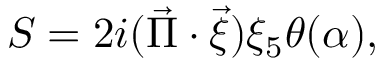
S = 2 i ( \vec { \Pi } \cdot \vec { \xi } ) \xi _ { 5 } \theta ( \alpha ) ,